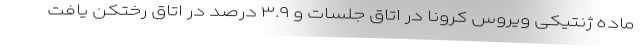
ماده ژنتیکی ویروس کرونا در اتاق جلسات و ۳.۹ درصد در اتاق رختکن یافت